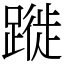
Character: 蹝